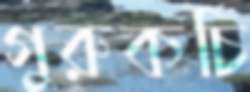
গুরুকচি